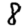
Digit: 8